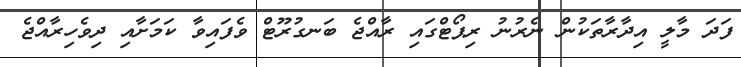
ފަދަ މާލީ އިދާރާތަކުން ނެރުނު ރިޕޯޓްގައި ރާއްޖެ ބަނގުރޫޓް ވެފައިވާ ކަމަށާއި ދިވެހިރާއްޖެ